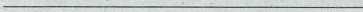
___